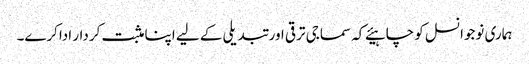
ہماری نوجوانسل کو چاہیئے کہ سماجی ترقی اور تبدیلی کے لیے اپنا مثبت کردار اداکرے۔